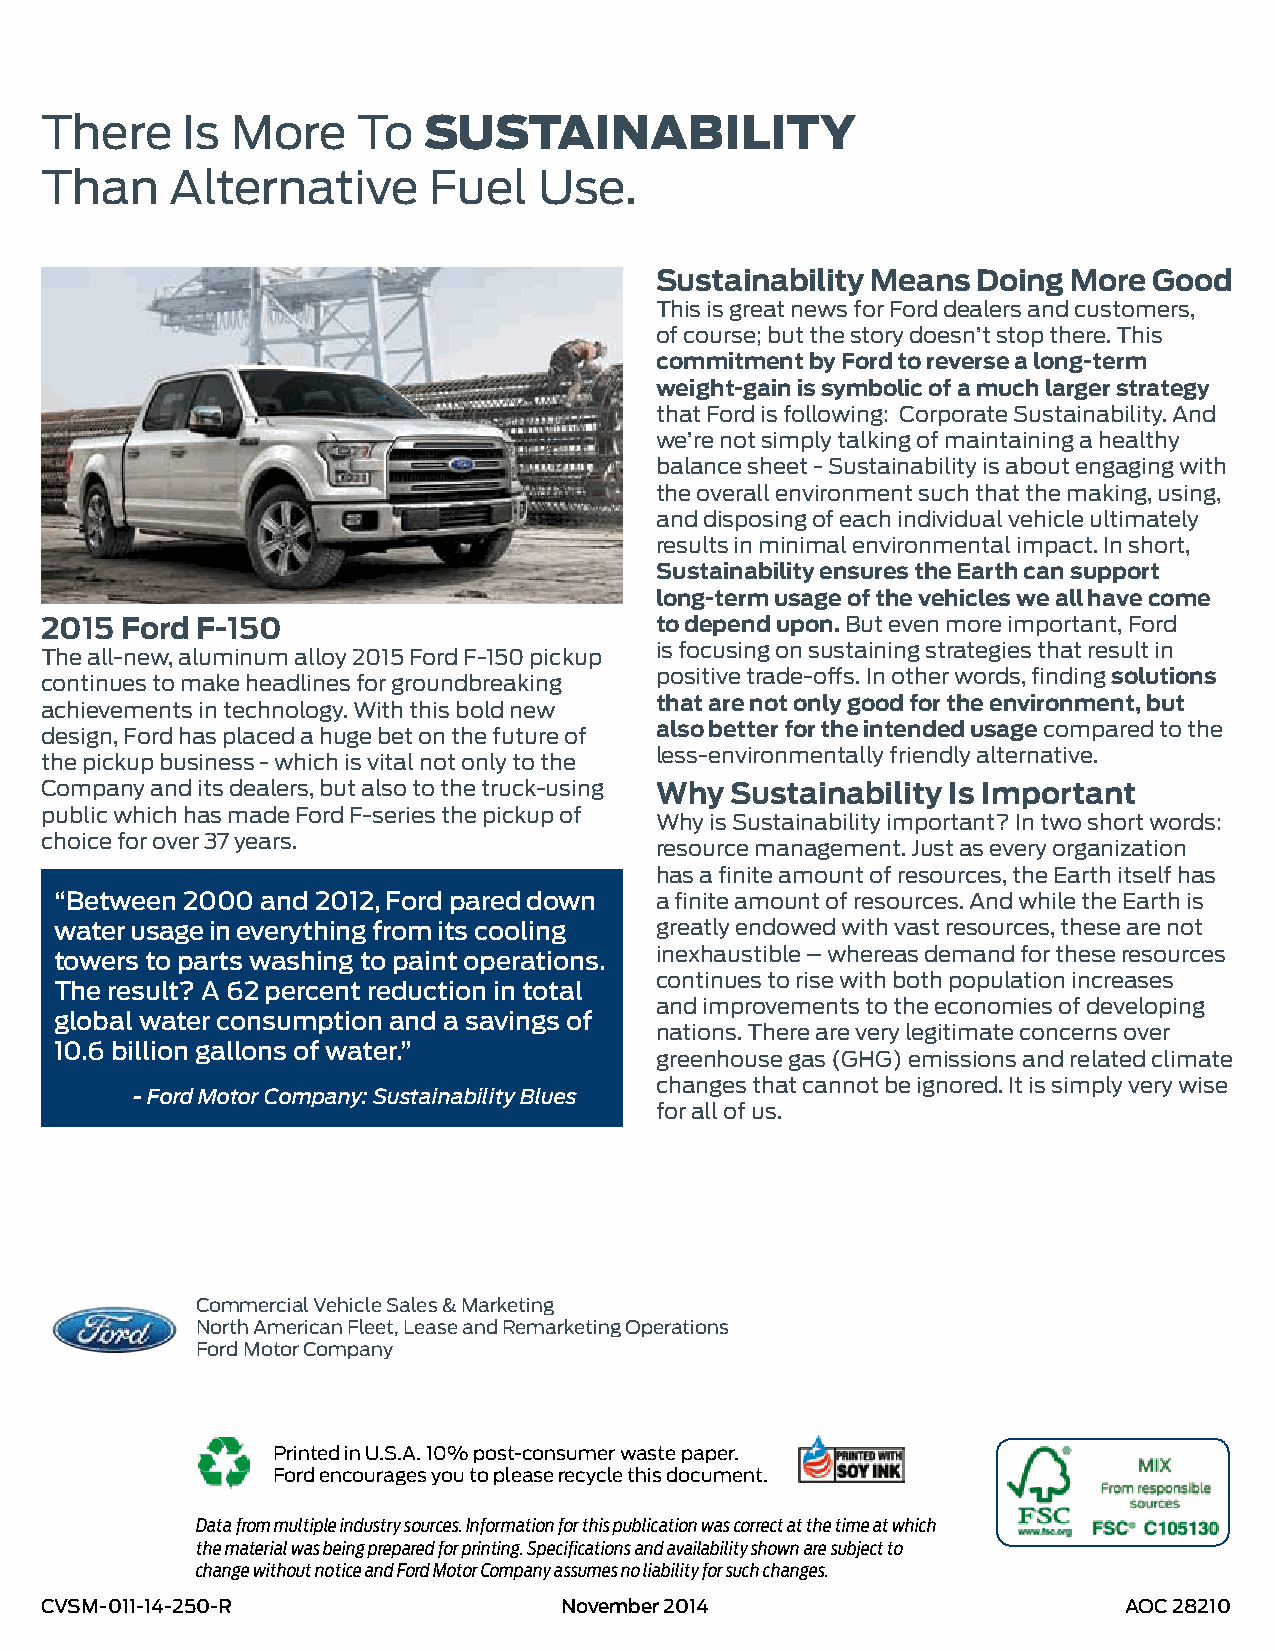
There    Is More     To  SUSTAINABILITY
 Than    Alternative      Fuel    Use.
 Sustainability Means  Doing More Good
 This is great news for Ford dealers and customers,
 of course; but the story doesn’t stop there. This
 commitment by Ford to reverse a long-term
 weight-gain is symbolic of a much larger strategy
 that Ford is following: Corporate Sustainability. And
 we’re not simply talking of maintaining a healthy
 balance sheet - Sustainability is about engaging with
 the overall environment such that the making, using,
 and disposing of each individual vehicle ultimately
 results in minimal environmental impact. In short,
 Sustainability ensures the Earth can support
 long-term usage of the vehicles we all have come
 2015 Ford F-150                         to depend upon. But even more important, Ford
 is focusing on sustaining strategies that result in
 The all-new, aluminum alloy 2015 Ford F-150 pickup
 continues to make headlines for groundbreaking positive trade-offs. In other words, finding solutions
 achievements in technology. With this bold new that are not only good for the environment, but
 design, Ford has placed a huge bet on the future of also better for the intended usage compared to the
 less-environmentally friendly alternative.
 the pickup business - which is vital not only to the
 Company and its dealers, but also to the truck-using Why Sustainability Is Important
 public which has made Ford F-series the pickup of
 Why is Sustainability important? In two short words:
 choice for over 37 years.
 resource management. Just as every organization
 has a finite amount of resources, the Earth itself has
 “Between 2000 and 2012, Ford pared down a finite amount of resources. And while the Earth is
 water usage in everything from its cooling greatly endowed with vast resources, these are not
 inexhaustible – whereas demand for these resources
 towers to parts washing to paint operations.
 continues to rise with both population increases
 The result? A 62 percent reduction in total
 and improvements to the economies of developing
 global water consumption and a savings of
 nations. There are very legitimate concerns over
 10.6 billion gallons of water.”
 greenhouse gas (GHG) emissions and related climate
 changes that cannot be ignored. It is simply very wise
 - Ford Motor Company: Sustainability Blues
 for all of us.
 Commercial Vehicle Sales & Marketing
 North American Fleet, Lease and Remarketing Operations
 Ford Motor Company
 Printed in U.S.A. 10% post-consumer waste paper.
 Ford encourages you to please recycle this document.
 Data from multiple industry sources. Information for this publication was correct at the time at which
 the material was being prepared for printing. Specifications and availability shown are subject to
 change without notice and Ford Motor Company assumes no liability for such changes.
 CVSM-011-14-250-R                 November 2014                        AOC 28210